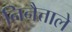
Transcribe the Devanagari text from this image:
निनैत्ताले